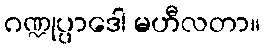
ဂဏ္ဍုပ္ပာဒေါ မဟီလတာ။